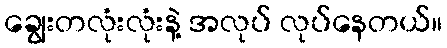
ချွေးတလုံးလုံးနဲ့ အလုပ် လုပ်နေတယ်။